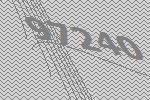
97240